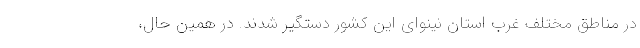
در مناطق مختلف غرب استان نینوای این کشور دستگیر شدند. در همین حال،